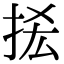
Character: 𢫿